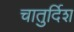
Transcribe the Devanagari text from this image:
चातुर्दिश